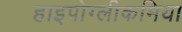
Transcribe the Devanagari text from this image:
हाइपोग्लीकमिया